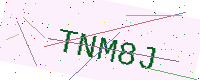
Text: TNM8J